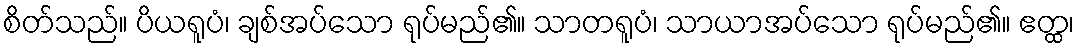
စိတ်သည်။ ပိယရူပံ၊ ချစ်အပ်သော ရုပ်မည်၏။ သာတရူပံ၊ သာယာအပ်သော ရုပ်မည်၏။ ဧတ္ထ၊